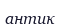
антик